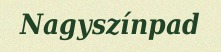
Nagyszínpad